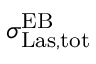
\sigma _ { \mathrm { L a s , t o t } } ^ { \mathrm { E B } }